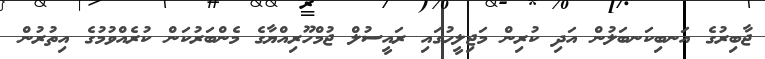
ޖާބިރުގެ އަނބިކަނބަލުން އަދި ކުރިން މަޖިލީހުގައި ރައީސުލް ޖުމްހޫރިއްޔާގެ މެންބަރުކަން ކުރެއްވުމުގެ އިތުރުން